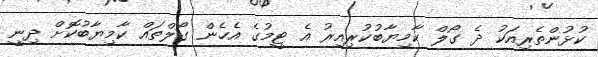
ކުޅުންތެރިއަކު ދެ ގޯލް ކާމިޔާބުކުރިއިރު އެ ޓީމުގެ އެހެން ގޯލްތައް ކާމިޔާބުކޮށް ދިނީ